Report of the Indian Hemp Drugs Commission, 1894-1895 - Volume I
Year: 1894
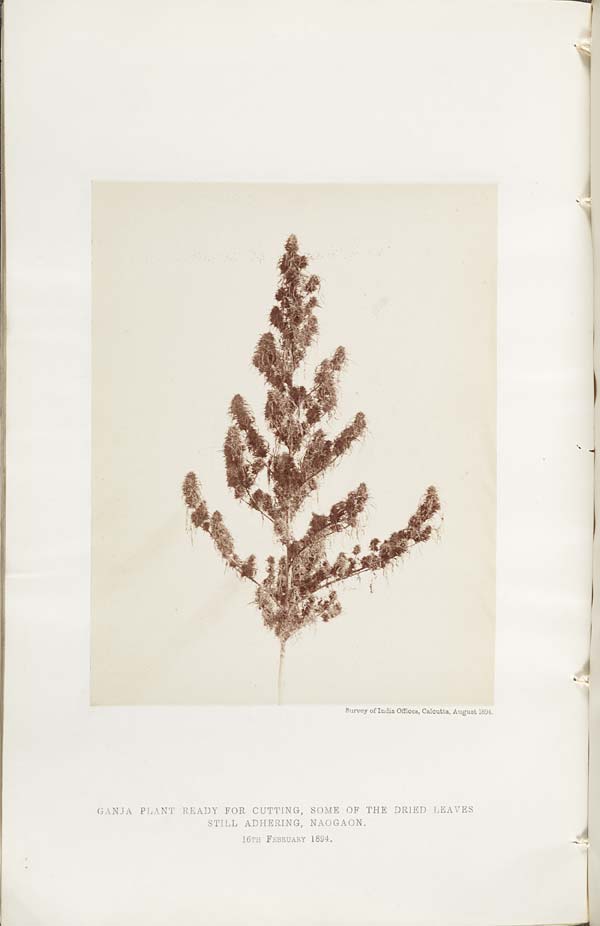
Survey of India Offices, Calcutta, August 1894.
GANJA PLANT READY FOR CUTTING, SOME OF THE DRIED LEAVES
STILL ADHERING, NAOGAON.
16TH FEBRUARY 1894.